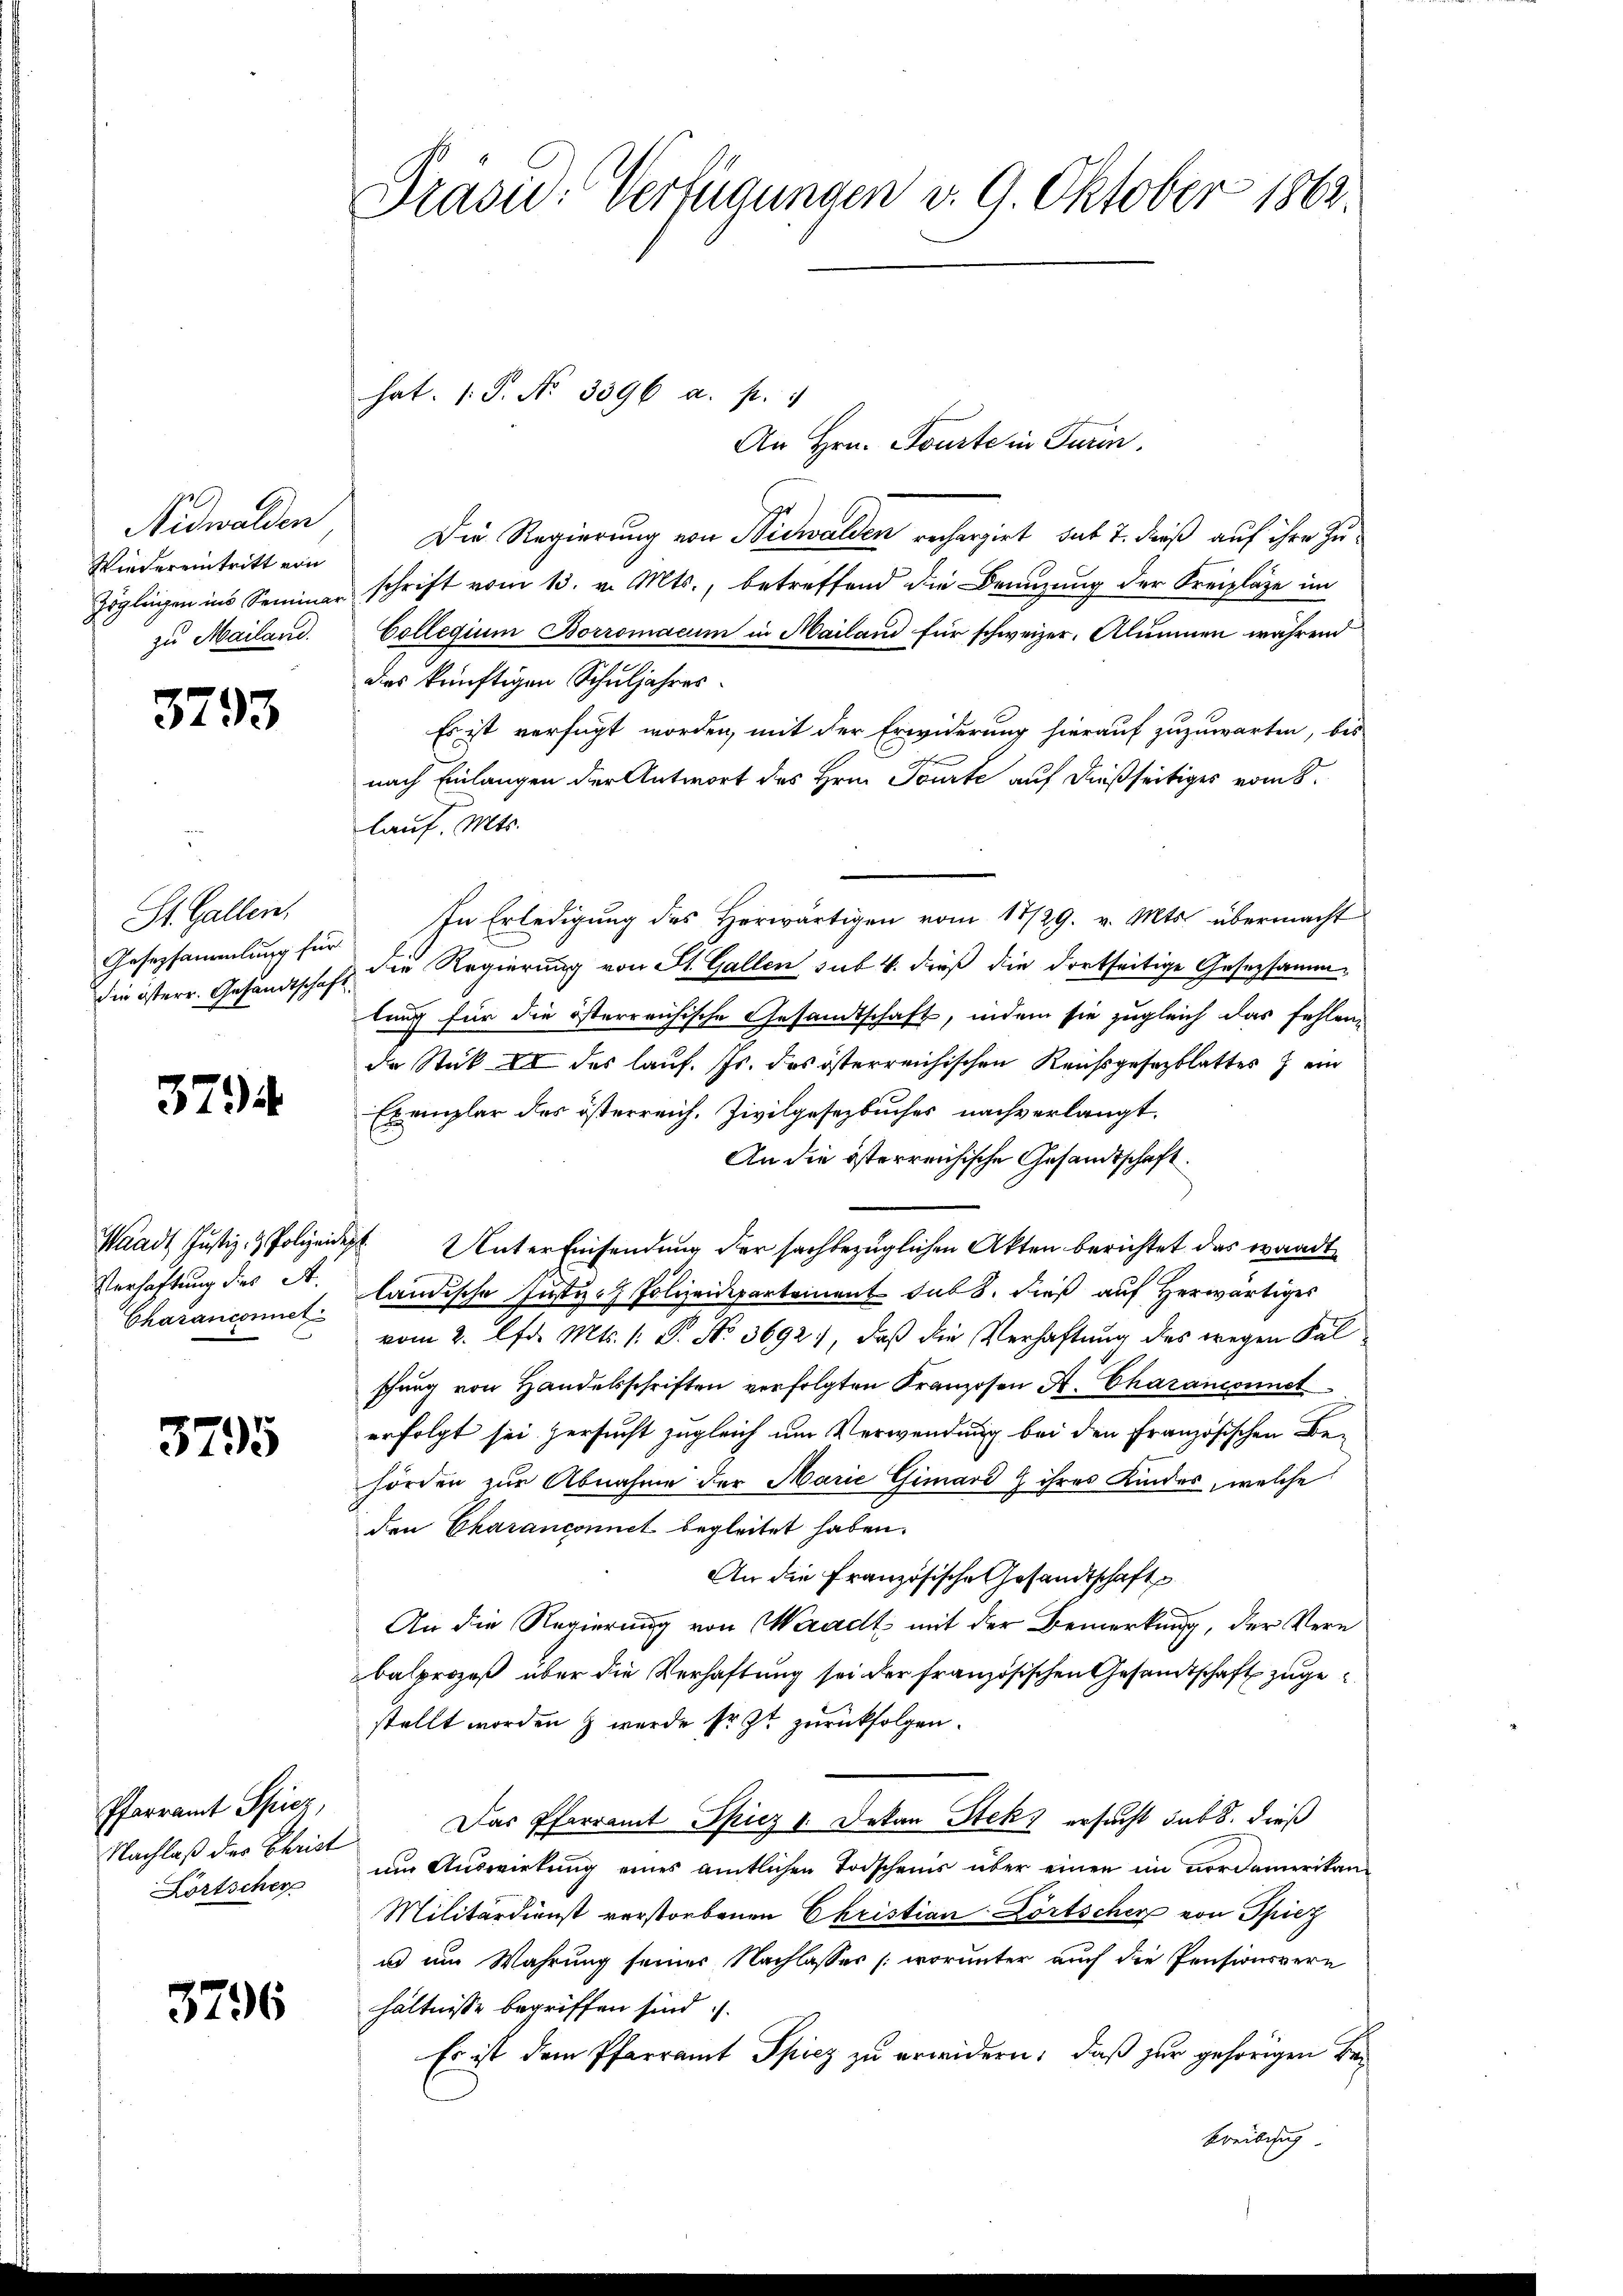
Nidwalden
Wiedereintritt von
Isgleichen ins Seminar
zu Mailand.

3793

St. Gallen.
Gesetzsammlung für
die österr. Gesandtschaf

3794

Waadt, Justiz- & Polizeide,
Verhaftung des A.
Charanconnet

3795

Pfarramt Spiez,
Nachlaß des Christ
Lortscher

3796

Präsid. Verfügungen v. 9. Oktober 1862

hat. (S. Nr. 3396 a. p.

An Hrn. Tourte in Turin.
Die Regierung von Nidwalden rechargirt, sub 7. dieß auf ihre Zuschrift vom 13. v. Mts., betreffend die Benuzung der Kreiplätze im
Collegium Borromacum in Mailand für schweizer, Alumnen während
dies künftigen Schuljahres.
Es ist verfügt worden, mit der Erwiderung hierauf zuzuwarten, bis
nach Einlangen der Antwort des Hrn. Tourte auf dießseitiges vom 8.
lauf. Mts.
In Erledigŭng des herwärtigen vom 17/29. v. Mts. übermacht
die Regierung von St. Gallen sub. 4. dieß die dortseitige Gesetzsammlung für die österreichische Gesandtschaft, indem sie zugleich das fehlen-
de Stick in des lauf. Js. das österreichischen Reussgesezblattes ein
Exemplar des österreich. Zivilgesetzbuches nachverlangt.
An die österreichische Gesandtschaft.
 Unter Einsendung der sachbezüglichen Akten berichtet das wandte
ländische Justiz- Polizeidepartement sub 8. dieß auf Herwärtiges
vom 2. lfd. Mts. 1. P. No 3692, daß die Verhaftung des wegen Fal
schung von Handelsschriften verfolgten Kranzosen A. Charanconnet
erfolgt sei zersucht zugleich um Verwendung bei den Französischen Behörden zur Abnahme der Marie Gimard & ihres Kindes, welche
den Charanconnet begleitet haben.
An die Französische Gesandtschaft
An die Regierung von Waadt mit der Bemerkung, der Vern
balprozeß über die Verhaftung sei der französischen Gesandtschaft zugestellt worden & wurde sr. Zt. zurückfolgen.
Das Pfarramt Spiez 1. Dekan Stek ersucht sub 8. dieß
um Auswirkung eines amtlichen Todscheins über einen im Nordamerikan
Militärdienst verstorbenen Christian Lörtscher von Spiez
u um Wahrung seiner Nachlasses (worunter auch die Pensionsvere
hältnisse begriffen sind.
Es ist dem Pfarramt Spiez zu erwidern, daß zur gehörigen Bebreibesich